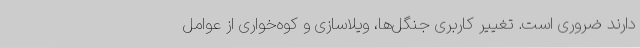
دارند ضروری است. تغییر کاربری جنگل‌ها، ویلاسازی و کوه‌خواری از عوامل